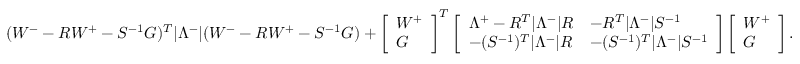
( W ^ { - } - R W ^ { + } - S ^ { - 1 } G ) ^ { T } | \Lambda ^ { - } | ( W ^ { - } - R W ^ { + } - S ^ { - 1 } G ) + \left[ \begin{array} { l } { W ^ { + } } \\ { G } \end{array} \right] ^ { T } \left[ \begin{array} { l l } { \Lambda ^ { + } - R ^ { T } | \Lambda ^ { - } | R } & { - R ^ { T } | \Lambda ^ { - } | S ^ { - 1 } } \\ { - ( S ^ { - 1 } ) ^ { T } | \Lambda ^ { - } | R } & { - ( S ^ { - 1 } ) ^ { T } | \Lambda ^ { - } | S ^ { - 1 } } \end{array} \right] \left[ \begin{array} { l } { W ^ { + } } \\ { G } \end{array} \right] .